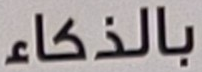
بالذكاء